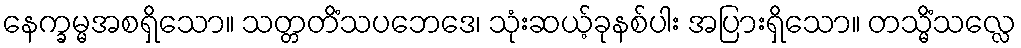
နေက္ခမ္မအစရှိသော။ သတ္တတိံသပဘေဒေ၊ သုံးဆယ့်ခုနစ်ပါး အပြားရှိသော။ တသ္မိံသလ္လေ